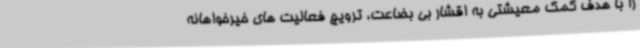
را با هدف کمک معیشتی به اقشار بی بضاعت، ترویج فعالیت های خیرخواهانه